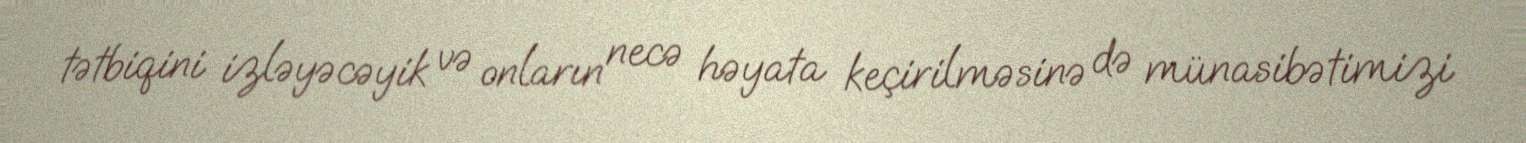
tətbiqini izləyəcəyik və onların necə həyata keçirilməsinə də münasibətimizi